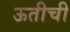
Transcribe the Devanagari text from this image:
ऊतीची